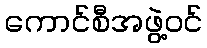
ကောင်စီအဖွဲ့ဝင်